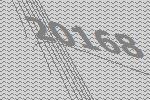
20168